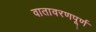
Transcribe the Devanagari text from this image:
वातावरणपूर्ण